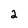
Character: 2